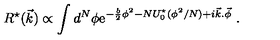
R ^ { \star } ( \vec { k } ) \propto \int d ^ { N } \phi \mathrm { e } ^ { - { \frac { b } { 2 } } \phi ^ { 2 } - N U _ { 0 } ^ { \star } ( \phi ^ { 2 } / N ) + i \vec { k } . \vec { \phi } } \ .